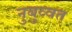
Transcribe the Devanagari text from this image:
नुबुव्वत